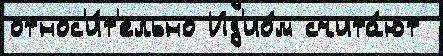
относ'и́т'ельно Ид'ио́м счита́ют